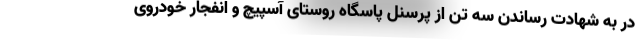
در به شهادت رساندن سه تن از پرسنل پاسگاه روستای آسپیچ و انفجار خودروی